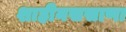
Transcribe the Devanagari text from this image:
शाहीनससाणा